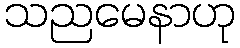
သညမေနာဟု